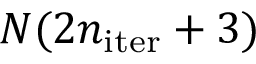
N ( 2 n _ { \mathrm { i t e r } } + 3 )